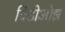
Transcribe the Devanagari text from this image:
विडीओझ